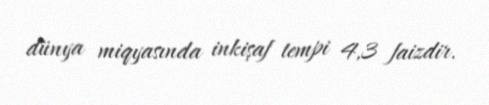
dünya miqyasında inkişaf tempi 4,3 faizdir.